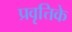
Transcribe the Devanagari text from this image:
प्रवृत्तिके